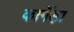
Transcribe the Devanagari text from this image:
कागँड़ा